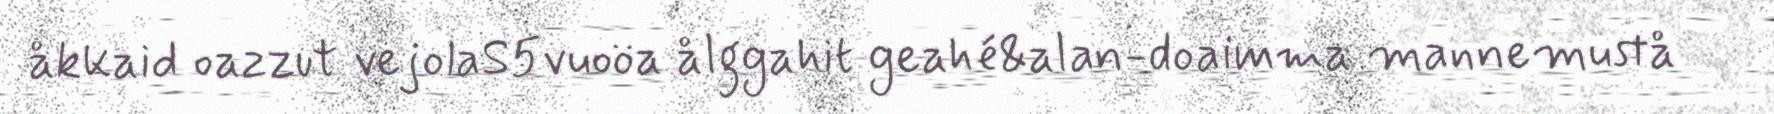
åkkaid oazzut vejolaS5vuoöa ålggahit geahé&alan-doaimma mannemustå